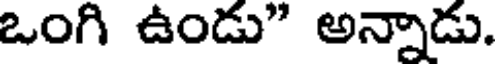
ఒంగి ఉండు" అన్నాడు.